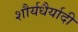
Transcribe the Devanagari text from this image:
शौर्यधैर्यादी